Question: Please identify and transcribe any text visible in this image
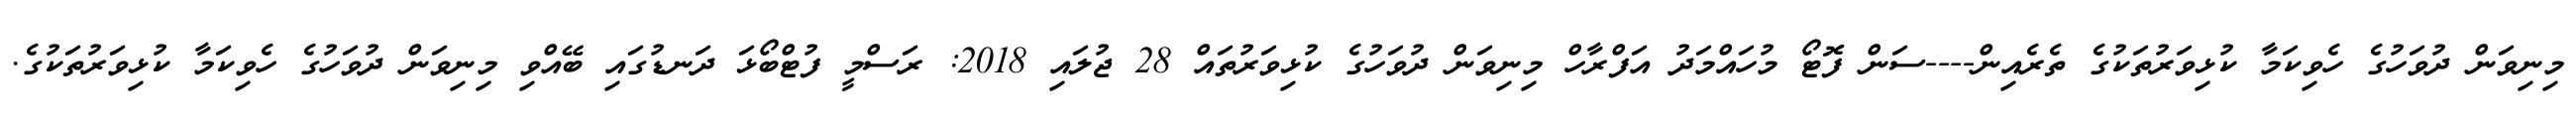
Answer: މިނިވަން ދުވަހުގެ ހެވިކަމާ ކުޅިވަރުތަކުގެ ތެރެއިން----ސަން ފޮޓޯ މުހައްމަދު އަފްރާހް މިނިވަން ދުވަހުގެ ކުޅިވަރުތައް 28 ޖުލައި 2018: ރަސްމީ ފުޓްބޯޅަ ދަނޑުގައި ބޭއްވި މިނިވަން ދުވަހުގެ ހެވިކަމާ ކުޅިވަރުތަކުގެ.